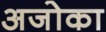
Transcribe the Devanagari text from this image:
अजोका